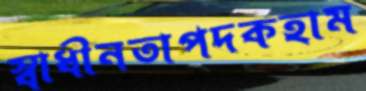
স্বাধীনতাপদকহাম